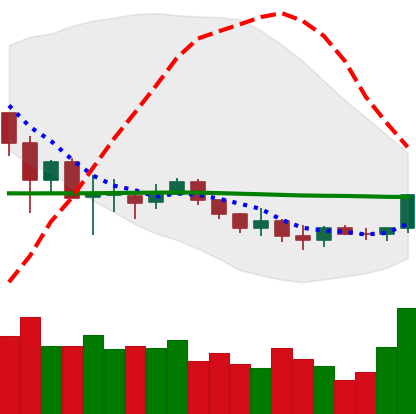
Ticker: LINK-USD
Chart end date: 2019-12-10
Forward return: -8.095%
Label: down_7plus